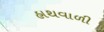
હાથવાળી